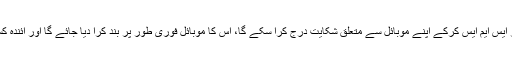
انہوں نے کہا کہ کوئی بھی صارف 848 پر ایس ایم ایس کرکے اپنے موبائل سے متعلق شکایت درج کرا سکے گا، اس کا موبائل فوری طور پر بند کرا دیا جائے گا اور آئندہ کسی نیٹ ورک پر وہ قابل استعمال نہیں ہو گا۔